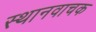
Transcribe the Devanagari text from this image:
स्थानवाचक